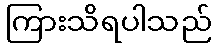
ကြားသိရပါသည်